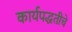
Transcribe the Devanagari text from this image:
कार्यपद्धतीचे